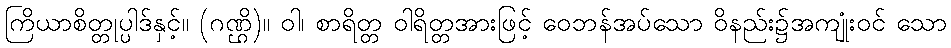
ကြိယာစိတ္တုပ္ပါဒ်နှင့်။ (ဂဏ္ဌိ)။ ဝါ၊ စာရိတ္တ ဝါရိတ္တအားဖြင့် ဝေဘန်အပ်သော ဝိနည်း၌အကျုံးဝင် သော